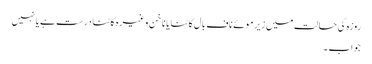
روزہ کی حالت میں زیر موئے ناف بال کاٹنا یا ناخن وغیرہ کاٹنا درست ہے یانہیں
جواب ۔